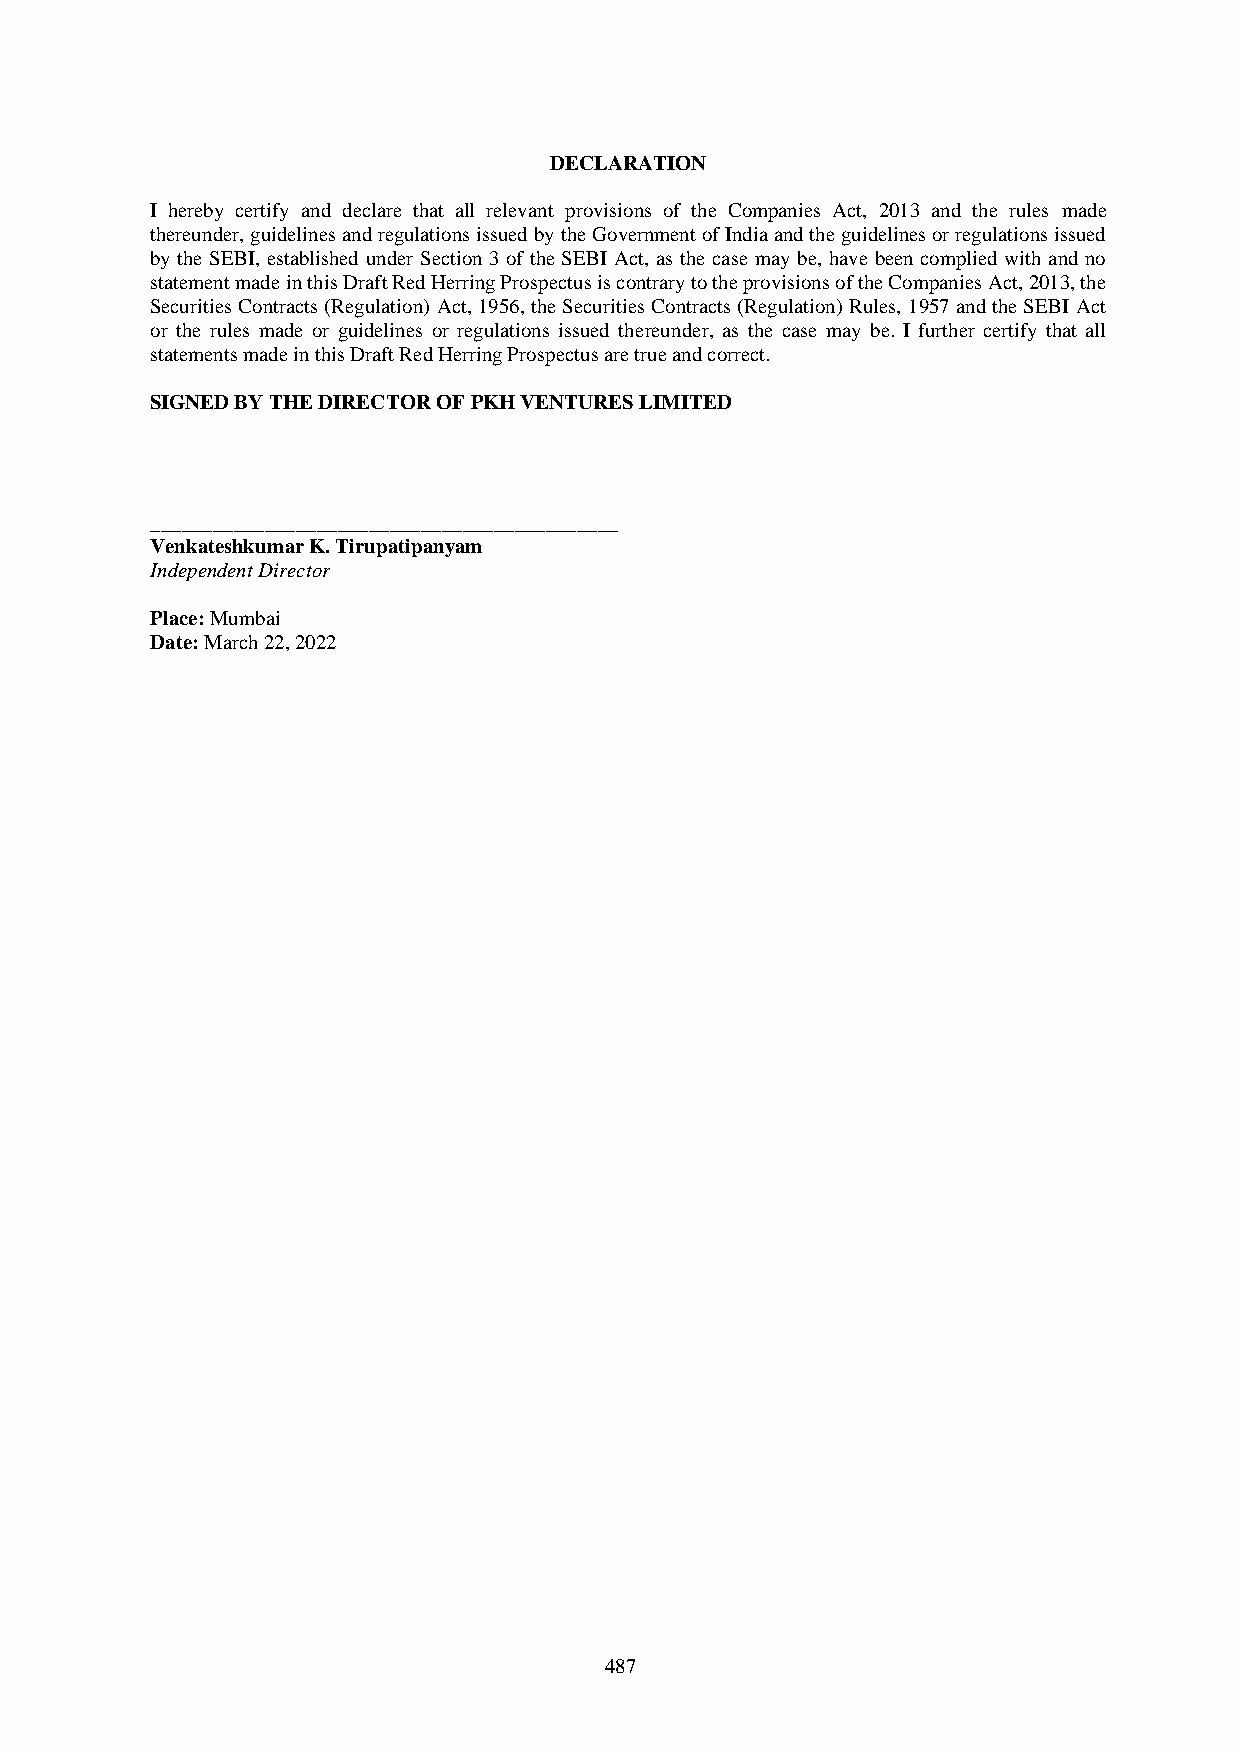
DECLARATION
 I hereby certify and declare that all relevant provisions of the Companies Act, 2013 and the rules made
 thereunder, guidelines and regulations issued by the Government of India and the guidelines or regulations issued
 by the SEBI, established under Section 3 of the SEBI Act, as the case may be, have been complied with and no
 statement made in this Draft Red Herring Prospectus is contrary to the provisions of the Companies Act, 2013, the
 Securities Contracts (Regulation) Act, 1956, the Securities Contracts (Regulation) Rules, 1957 and the SEBI Act
 or the rules made or guidelines or regulations issued thereunder, as the case may be. I further certify that all
 statements made in this Draft Red Herring Prospectus are true and correct.
 SIGNED BY THE DIRECTOR OF PKH VENTURES LIMITED
 _____________________________________________
 Venkateshkumar K. Tirupatipanyam
 Independent Director
 Place: Mumbai
 Date: March 22, 2022
 487